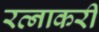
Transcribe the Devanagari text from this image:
रत्नाकरी